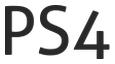
PS4